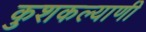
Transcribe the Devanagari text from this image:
कुशकल्याणी